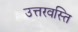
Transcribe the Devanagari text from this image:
उत्तरवस्ति